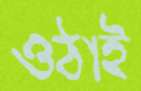
ওঠাই